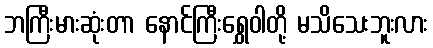
ဘကြီးမားဆုံးတာ နောင်ကြီးရွှေဝါတို့ မသိသေးဘူးလား